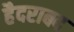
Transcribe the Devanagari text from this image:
हैदराबद